King Institute of Preventive Medicine Bacteriolog. Section reports 1907-08
Year: 1907
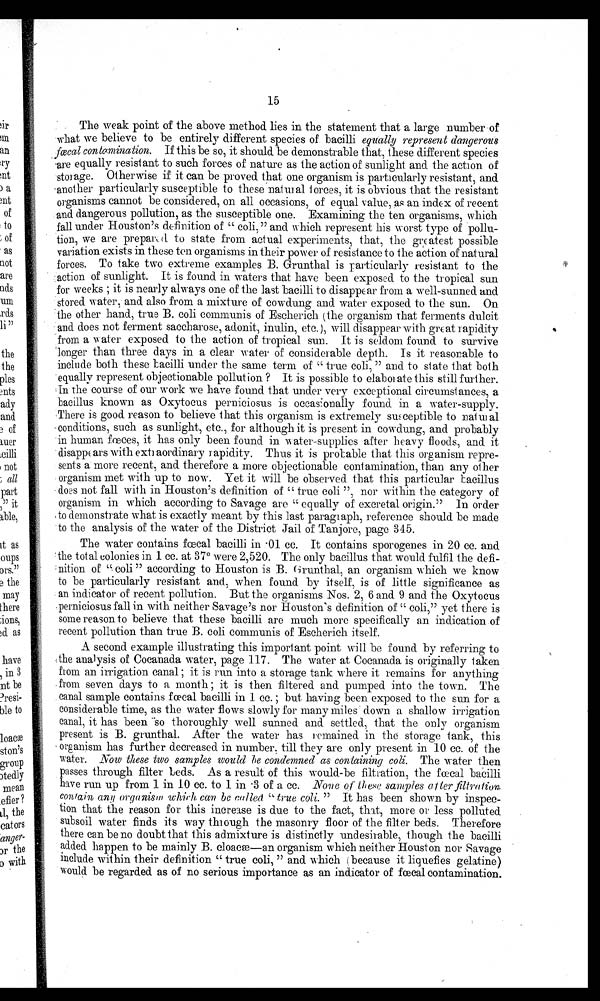
15
The weak point of the above method lies in the statement that a large number of
what we believe to be entirely different species of bacilli. equally represent dangerous
fœcal contamination . If this be so, it should be demonstrable that, these different species
are equally resistant to such forces of nature as the action of sunlight and the action of
storage. Otherwise if it can be proved that one organism is particularly resistant, and
another particularly susceptible to these natural forces, it is obvious that the resistant
organisms cannot be considered, on all occasions, of equal value, as an index of recent
and dangerous pollution, as the susceptible one. Examining the ten organisms, which
fall under Houston's definition of “ coli,” and which represent his worst type of pollu-
tion, we are prepared to state from actual experiments, that, the greatest possible
variation exists in these ten organisms in their power of resistance to the action of natural
forces. To take two extreme examples B. Grunthal is particularly resistant to the
action of sunlight. It is found in waters that have been exposed to the tropical sun
for weeks ; it is nearly always one of the last bacilli to disappear from a well-sunned and
stored water, and also from a mixture of cowdung and water exposed to the sun. On
the other hand, true B. coli communis of Escherrch (the organism that ferments dulcit
and does not ferment saceharose, adonit, inulin, etc.), will disappear with great rapidity
from a water exposed to the action of tropical sun. It is seldom found to survive
longer than three days in a clear water of considerable depth. Is it reasonable to
include both these bacilli under the same term of "true coli," and to state that both
equally represent objectionable pollution? It is possible to elaborate this still further.
In the course of our work we have found that under very exceptional circumstances, a
bacillus known as Oxytocus perniciosus is occasionally found in a water-supply.
There is good reason to believe that this organism is extremely sup ceptible to natural
conditions, such as sunlight, etc., for although it is present in cowdung, and probably
in human fœces, it has only been found in water-supplies after heavy floods, and it
disappears with exti aordinary rapidity. Thus it is probable that this organism repre-
sents a more recent, and therefore a more objectionable contamination, than any other
organism met with up to now. Yet it will be observed that this particular bacillus
does not fall with in Houston's definition of " true coli ", nor within the category of
organism in which according to Savage are " equally of excretal origin." In order
to demonstrate what is exactly meant by this last paragraph, reference should be made
to the analysis of the water of the District Jail of Tanjore, page 345.
The water contains fœ cal baci l l i i n · 01 cc. I t cont ai ns s por ogenes i n 20 cc. and
the total colonies in 1 cc. at 37° were 2,520. The only bacillus that would fulfil the defi-
nition of " coli " according to Houston is B. Grunthal, an organism which we know
to be particularly resistant and, when found by itself, is of little significance as
an indicator of recent pollution. But the organisms Nos. 2, 6 and 9 and the Oxytocus
perniciosus fall in with neither Savage's nor Houston's definition of " coli, " yet there is
some reason to believe that these bacilli are much more specifically an indication of
recent pollution than true B. coll. communis of Escherich itself.
A second example illustrating this important point will be found by referring to
the analysis of Cocanada water, page 117. The water at Cocanada is originally taken
from an irrigation canal ; it is run into a storage tank where it remains for anything
from seven days to a month ; it is then filtered and pumped into the town. The
canal sample contains fœ cal bacilli in 1 cc. ; but having been exposed to the sun for a
considerable time, as the water flows slowly for many miles down a shallow irrigation
canal, it has been so thoroughly well sunned and settled, that the only organism
present is B. grunthal. After the water has remained in the storage tank, this
organism has further decreased in number, till they are only present in 10 cc. of the
water. Now these two samples would he condemned as containing coli. The water then
passes through filter beds. As a result of this would-be filtration, the f œ cal bacilli
have run up from 1 in 10 cc. to 1 in ·3 of a cc. None of these samples alter filtration
contain any organism which, can be called. "true coli." It has been shown by inspec-
tion that the reason for this increase is due to the fact, that, more or less polluted
subsoil water finds its way through the masonry floor of the filter beds. Therefore
there can be no doubt that this admixture is distinctly undesirable, though the bacilli
added happen to be mainly B. cloac æ— an organism which neither Houston nor Savage
include within their definition " true coli, " and which (because it liquefies gelatine)
would be regarded as of no serious importance as an indicator of fœ cal contamination.